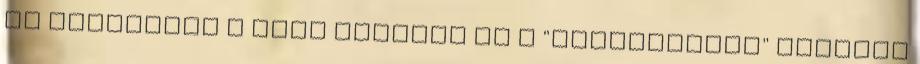
fő feladatuk a sima indulás és a "kuplungozás" nélküli